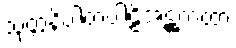
သုတ္တနိပါတပါဠိအဋ္ဌကထာ